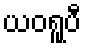
ယဝရူပီ